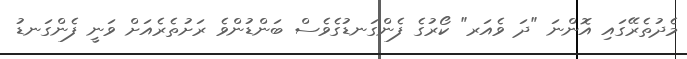
މެދުތެރޭގައި އޮންނަ "ދަ ވެއަރ" ކޯރުގެ ފެންގަނޑުގެވެސް ބަންޑުންވެ ރަށުތެރެއަށް ވަނީ ފެންގަނޑު